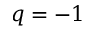
q = - 1